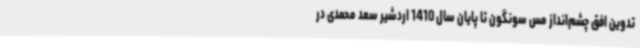
تدوین افق چشم‌انداز مس سونگون تا پایان سال 1410 اردشیر سعد محمدی در